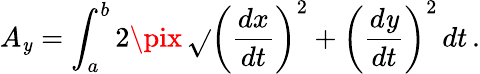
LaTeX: A_{\mathit{y}}=\int_{a}^{b}2\pix\, {\sqrt{}{{\left({\frac{{dx}}{{dt}}}\right)^{2}+\left({\frac{{d\mathit{y}}}{{dt}}}\right)^{2}}}}\, dt\, .